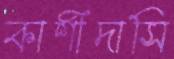
কাশীদাসি